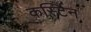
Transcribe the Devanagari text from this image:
कर्स्टिन